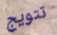
تتويج